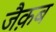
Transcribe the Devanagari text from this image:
जैक़ब